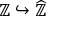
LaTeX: \mathbb { Z } \hookrightarrow { \widehat { \mathbb { Z } } }